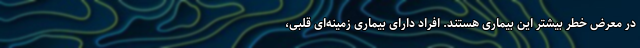
در معرض خطر بیشتر این بیماری هستند. افراد دارای بیماری زمینه‌ای قلبی،